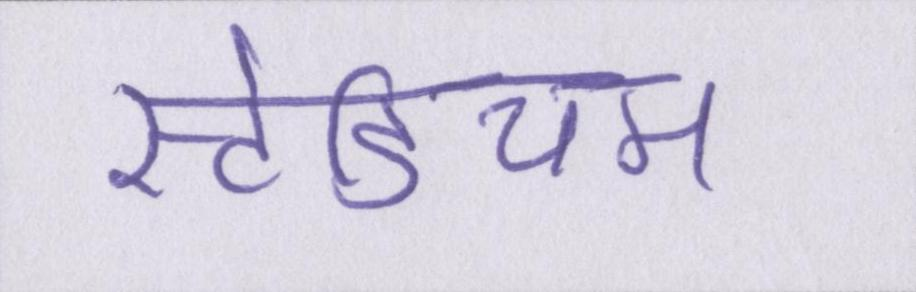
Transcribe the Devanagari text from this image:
स्टेडियम